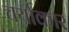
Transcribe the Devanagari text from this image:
चर्याकार